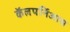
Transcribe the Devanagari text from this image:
कॅलपर्निआस